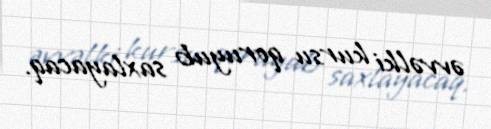
əvvəlki kursu qoruyub saxlayacaq.